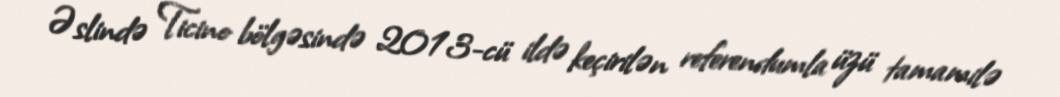
Əslində Ticino bölgəsində 2013-cü ildə keçirilən referendumla üzü tamamilə